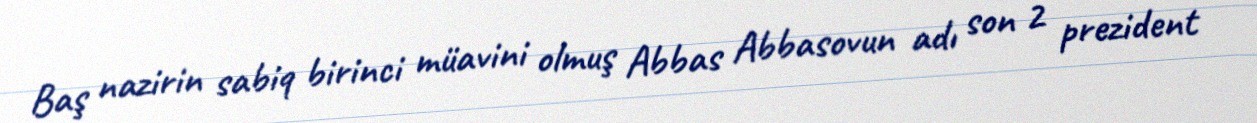
Baş nazirin sabiq birinci müavini olmuş Abbas Abbasovun adı son 2 prezident